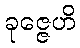
ခုဇ္ဇေဟိ